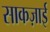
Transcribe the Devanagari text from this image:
साकज़ाई